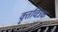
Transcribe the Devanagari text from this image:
वृत्तचित्रक